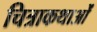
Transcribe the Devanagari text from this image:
चित्राकथाओं